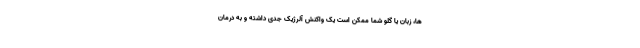
ها، زبان یا گلو شما ممکن است یک واکنش آلرژیک جدی داشته و به درمان